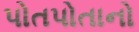
પોતપોતાનો